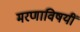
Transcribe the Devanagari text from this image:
मरणाविषयीं